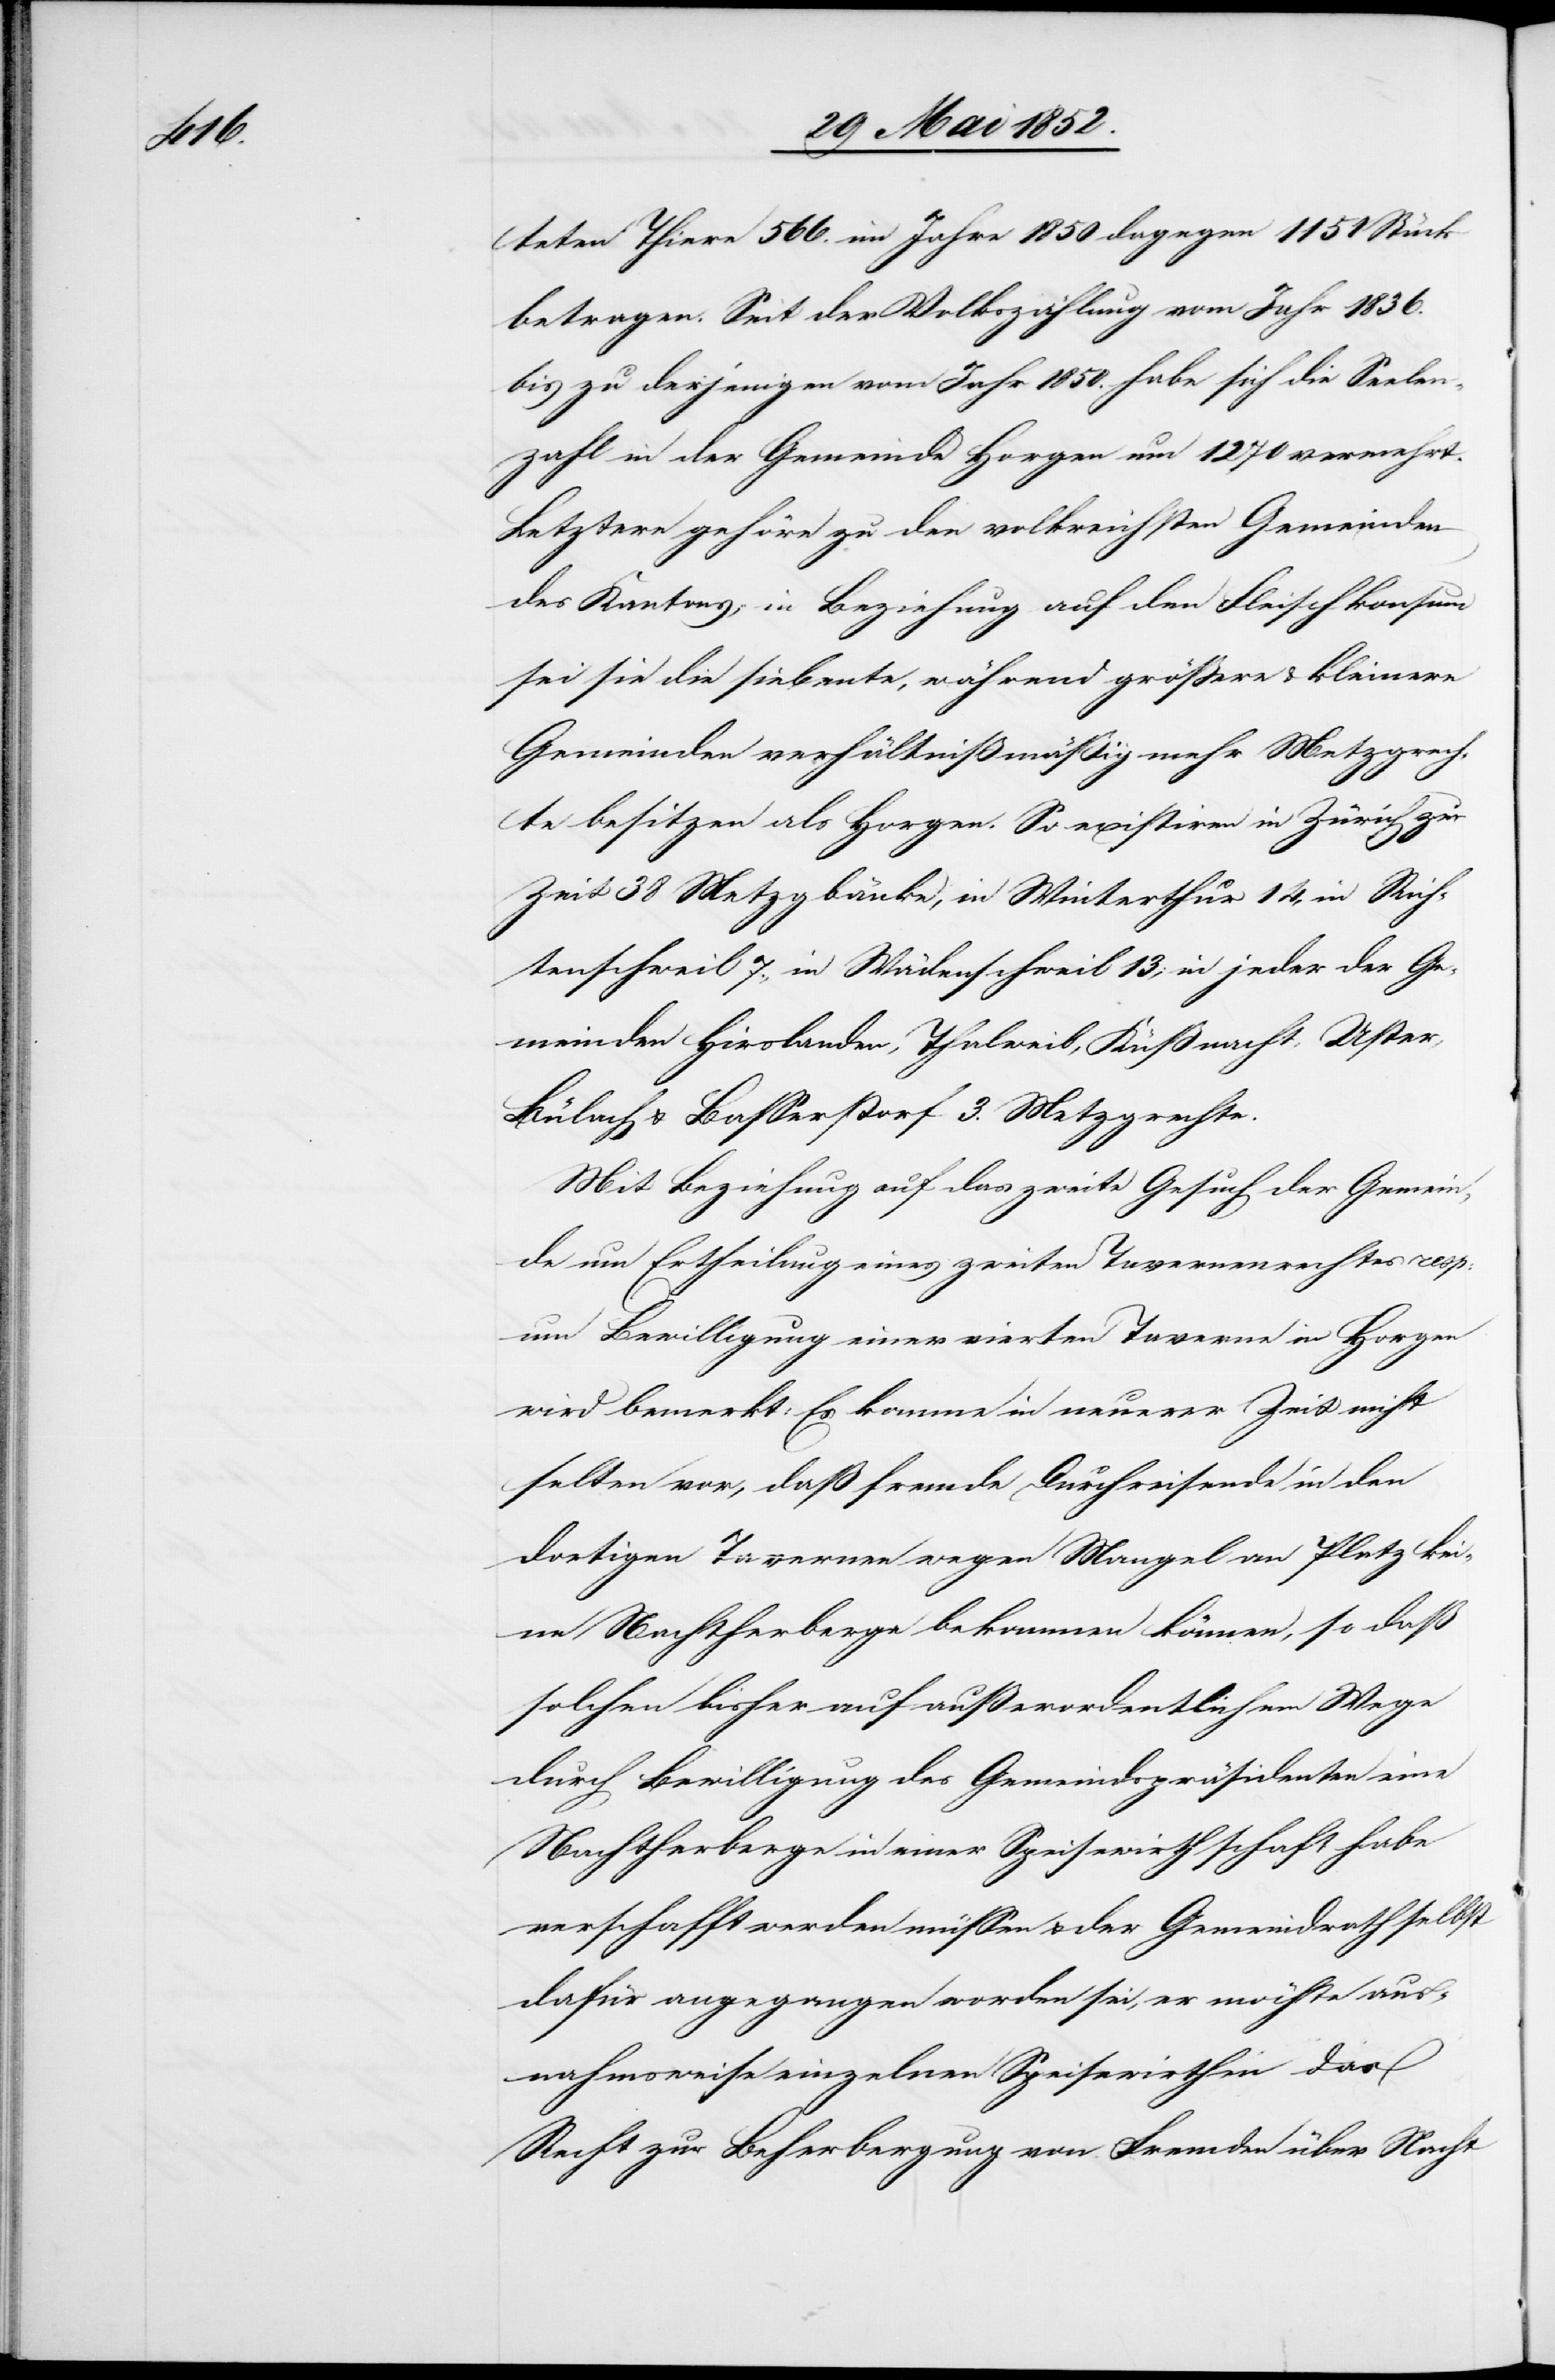
teten Thiere 566. im Jahr 1850 dagegen 1151 Stück
betragen. Seit der Volkszählung im Jahr 1836.
bis zu derjenigen vom Jahr 1850. habe sich die Seelen¬
zahl in der Gemeinde Horgen um 1270 vermehrt.
Letztere gehöre zu den volkreichsten Gemeinden
des Kantons; in Beziehung auf den Fleischkonsum
sei sie die siebente, während größere & kleinere
Gemeinden verhältnißmäßig mehr Metzgrech¬
te besitzen als Horgen. So existiren in Zürich zur
Zeit 38 Metzgbänke, in Winterthur 14, in Rich¬
tenschweil 7., in Wädenschweil 13; in jeder der Ge¬
meinden Hirslanden, Thalweil, Küßnacht, Uster,
Bülach & Basserstorf 3. Metzgrechte.
Mit Beziehung auf das zweite Gesuch der Gemein¬
de um Ertheilung eines zweiten Tavernenrechtes resp:
um Bewilligung einer vierten Taverne in Horgen
wird bemerkt: Es komme in neuerer Zeit nicht
selten vor, daß fremde Durchreisende in den
dortigen Tavernen wegen Mangel an Platz ke¬
ine Nachtherberge bekommen können, so daß
solchen bisher auf außerordentlichem Wege
durch Bewilligung des Gemeindspräsidenten eine
Nachtherberge in einer Speisewirthschaft habe
verschafft werden müssen & der Gemeindrath selbst
dafür angegangen worden sei, er möchte aus¬
nahmsweise einzelnen Speisewirthen das
Recht zur Beherbergung von Fremden über Nacht